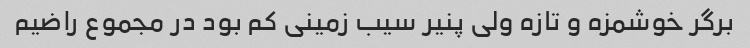
برگر خوشمزه و تازه ولی پنیر سیب زمینی کم بود در مجموع راضیم